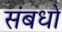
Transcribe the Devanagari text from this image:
संबधो